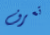
تعرف